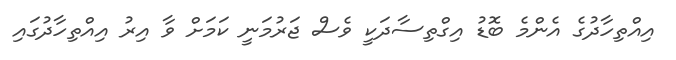
އިއްތިހާދުގެ އެންމެ ބޮޑު އިގްތިސާދަކީ ވެސް ޖަރުމަނީ ކަމަށް ވާ އިރު އިއްތިހާދުގައި